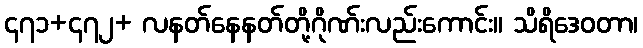
၄၇၁+၄၇၂+ လနတ်နေနတ်တို့ဂိုဏ်းလည်းကောင်း။ သိရိဒေဝတာ၊